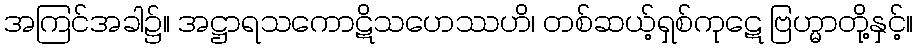
အကြင်အခါ၌။ အဋ္ဌာရသကောဋိသဟေဿဟိ၊ တစ်ဆယ့်ရှစ်ကုဋေ ဗြဟ္မာတို့နှင့်။